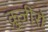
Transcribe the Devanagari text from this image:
क्रुज़ीरो